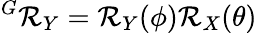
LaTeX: {{^G}\mathcal{R}_{Y}}={\mathcal{R}_{Y}(\phi)}{\mathcal{R}_{X}(\theta)}